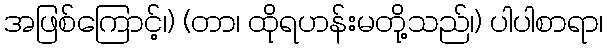
အဖြစ်ကြောင့်၊) (တာ၊ ထိုရဟန်းမတို့သည်၊) ပါပါစာရာ၊